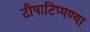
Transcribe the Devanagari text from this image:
टीपाटिप्पण्या